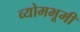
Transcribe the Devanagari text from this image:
व्योमभूमी